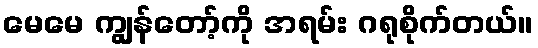
မေမေ ကျွန်တော့်ကို အရမ်း ဂရုစိုက်တယ်။